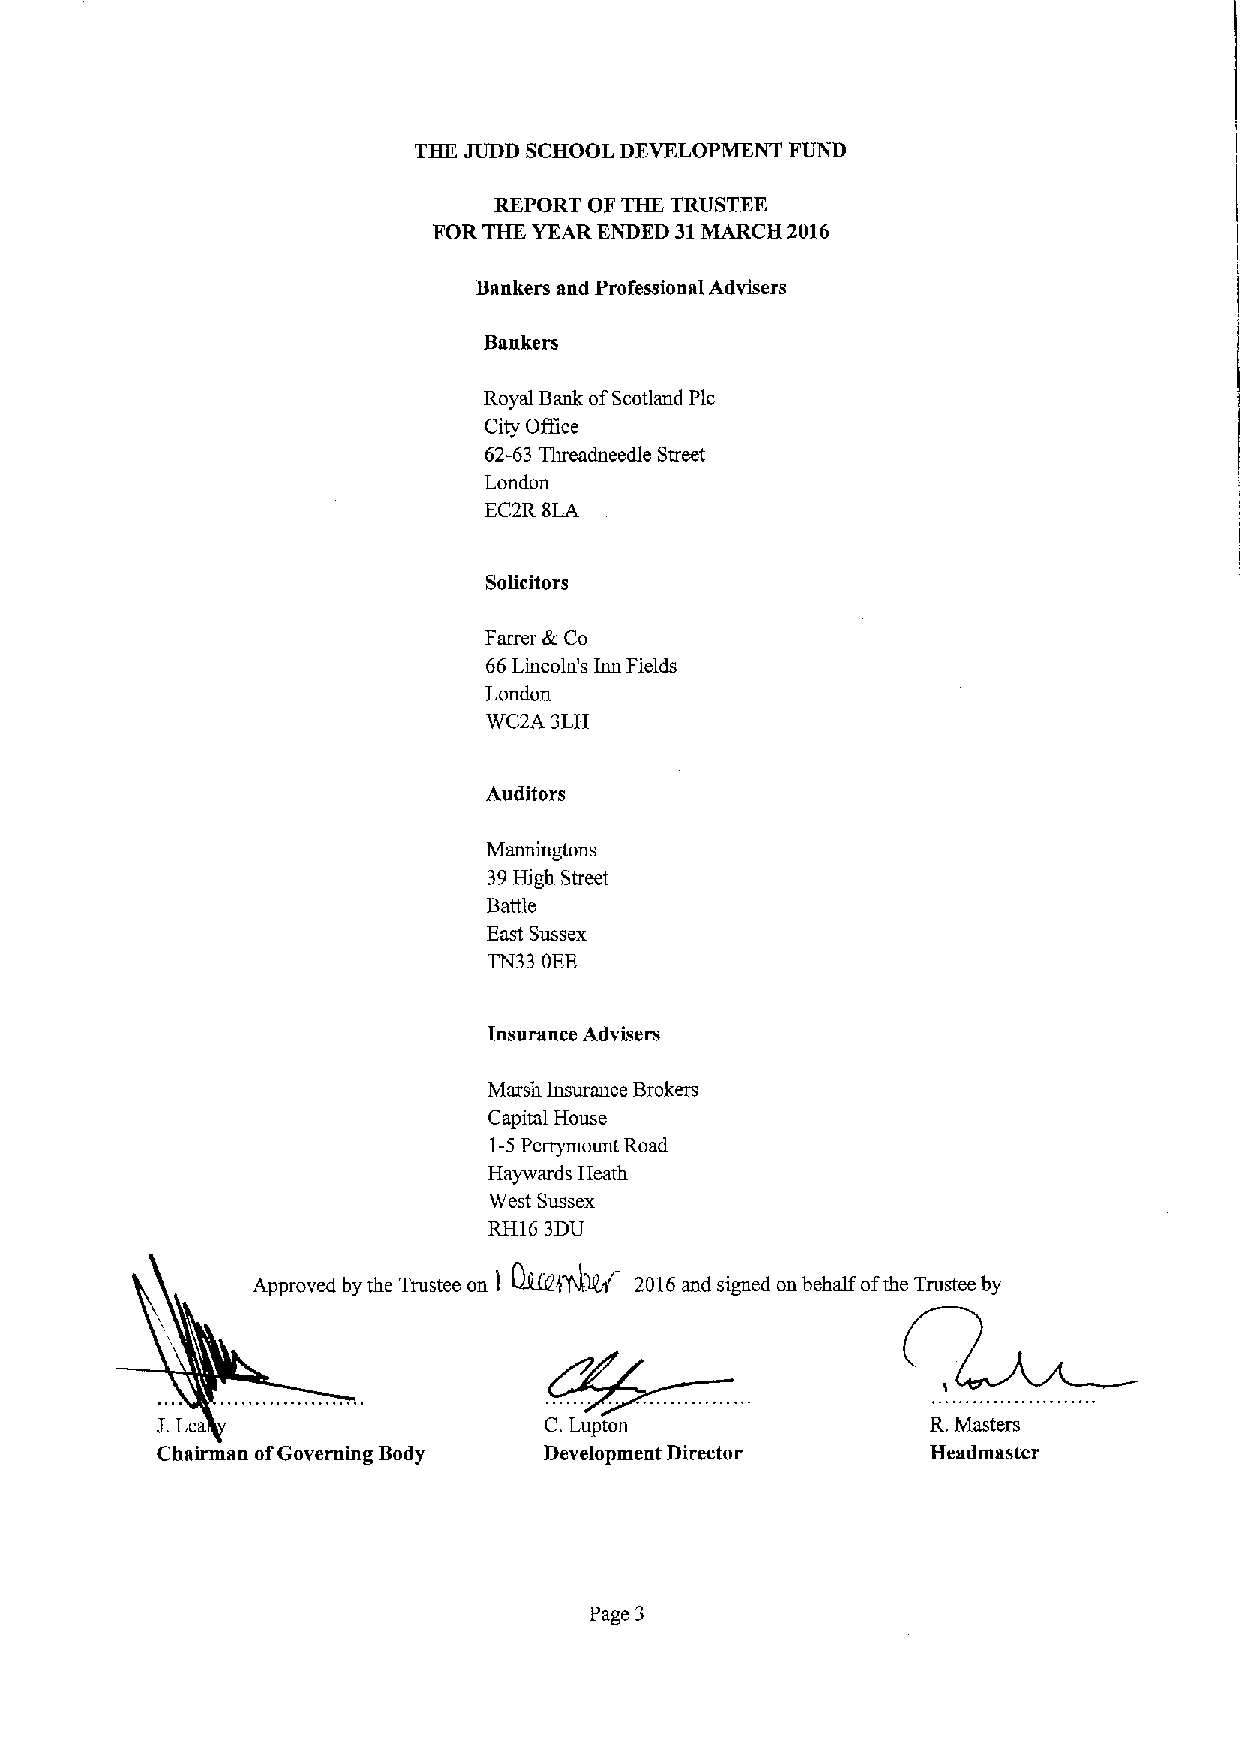
THE JUDD SCHOOL DEVELOPMENT FUND
 REPORT OF THE TRUSTEE
 FOR THE YEAR ENDED 31MARCH 2016
 Bankers and Professional Advisers
 Bankers
 Royal Bank ofScotland Pic
 City Office
 62-63 Threadneedle Street
 London
 EC2R 8LA
 Solicitors
 Farrer &Co
 66Lincoln's lun Fields
 London
 WC2A 3LH
 Auditors
 Manningtons
 39High Street
 Battle
 East Sussex
 TN33 OEE
 Insurance Advisers
 Marsh insurance Brokers
 Capital House
 1-5Perrymount Road
 Haywards Heath
 West Sussex
 RH16 3DU
 Approved by the Trustee on ) 0kEA44&+ 2016and signed on behalf ofthe Trustee by
 LLe                       C.Lupton                  R.Masters
 Chairman ofGoverning Body Development Director      Headmaster
 Page 3